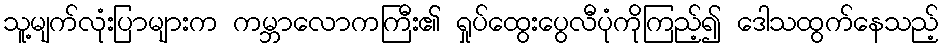
သူ့မျက်လုံးပြာများက ကမ္ဘာလောကကြီး၏ ရှုပ်ထွေးပွေလီပုံကိုကြည့်၍ ဒေါသထွက်နေသည့်